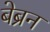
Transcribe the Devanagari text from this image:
बेब्रन